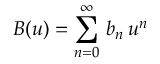
B ( u ) = \sum _ { n = 0 } ^ { \infty } \, b _ { n } \, u ^ { n } \,